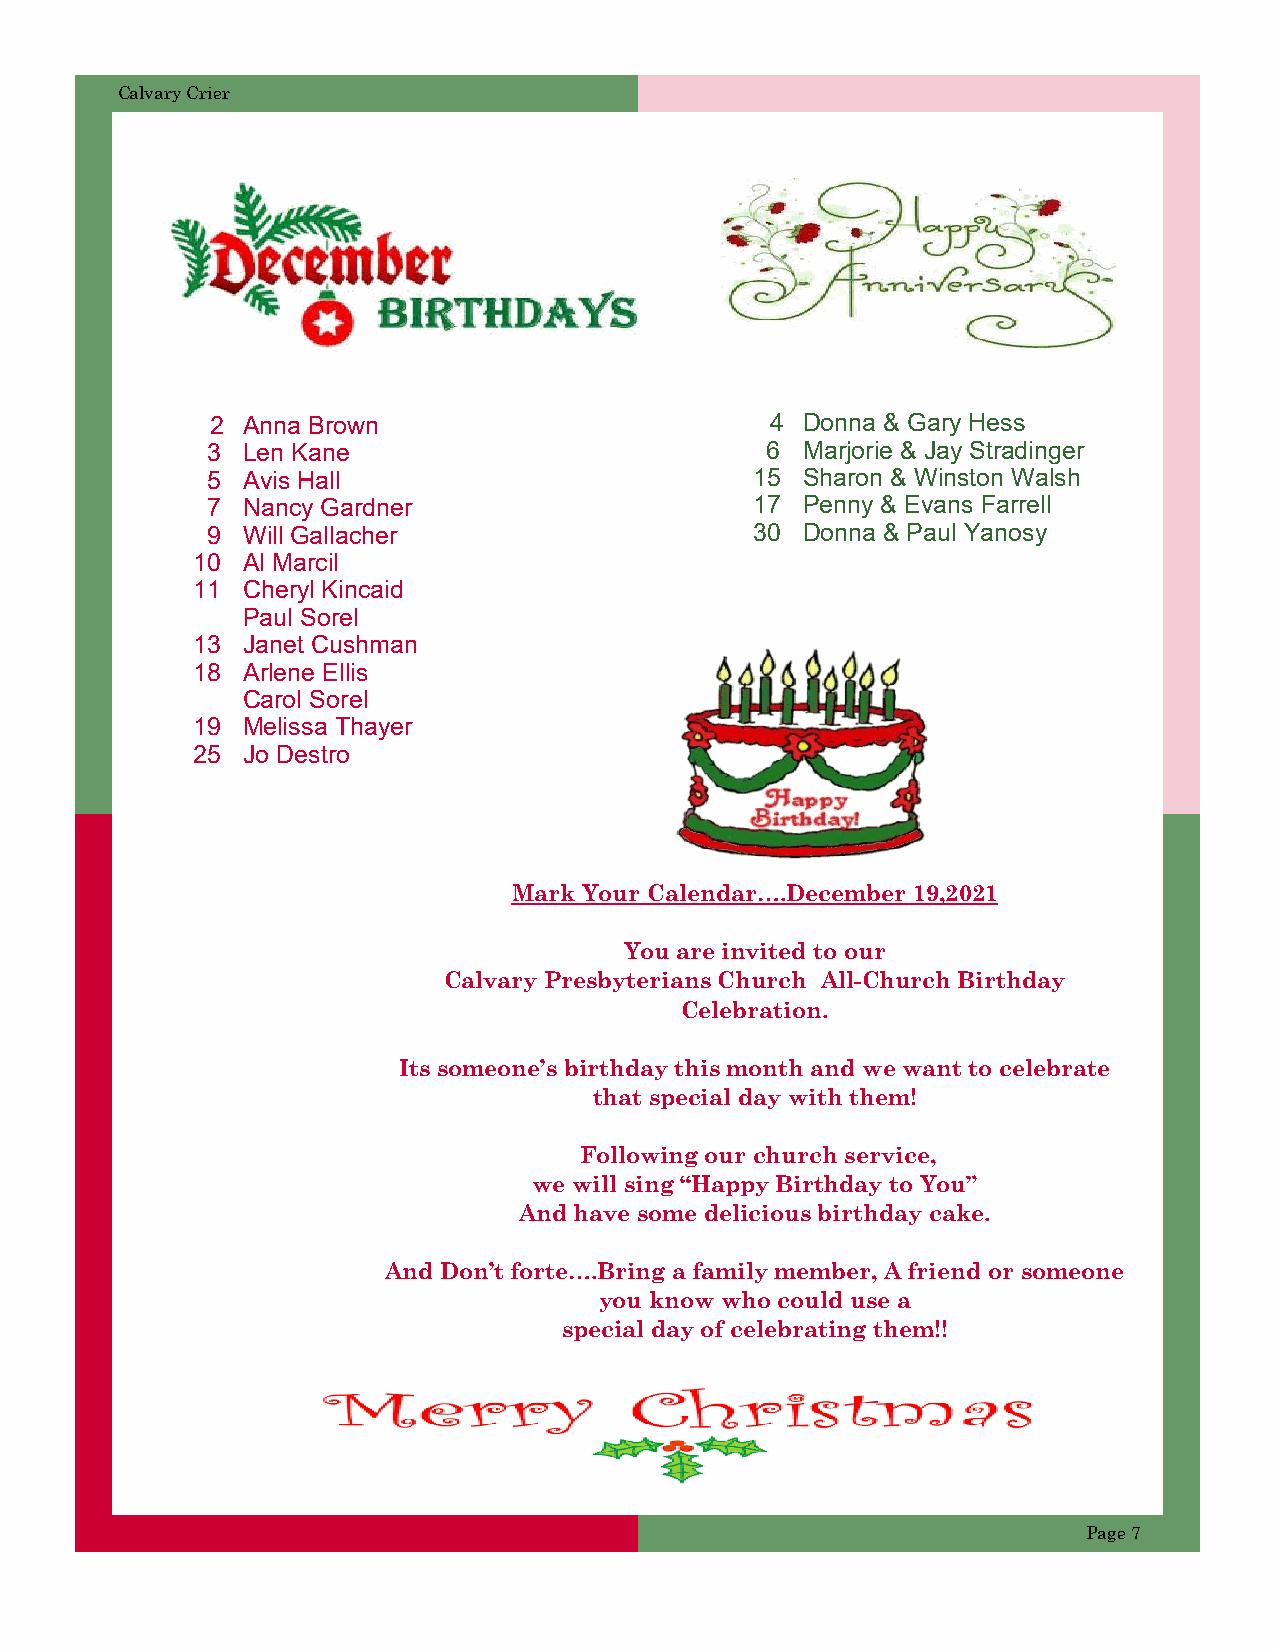
Calvary Crier
 2 Anna Brown                         4 Donna & Gary Hess
 3 Len Kane                           6 Marjorie & Jay Stradinger
 5 Avis Hall                         15 Sharon & Winston Walsh
 7 Nancy Gardner                     17 Penny & Evans Farrell
 9 Will Gallacher                    30 Donna & Paul Yanosy
 10 Al Marcil
 11 Cheryl Kincaid
 Paul Sorel
 13 Janet Cushman
 18 Arlene Ellis
 Carol Sorel
 19 Melissa Thayer
 25 Jo Destro
 Mark Your Calendar….December 19,2021
 You are invited to our
 Calvary Presbyterians Church All-Church Birthday
 Celebration.
 Its someone’s birthday this month and we want to celebrate
 that special day with them!
 Following our church service,
 we will sing “Happy Birthday to You”
 And have some delicious birthday cake.
 And Don’t forte….Bring a family member, A friend or someone
 you know who could use a
 special day of celebrating them!!
 Page 7